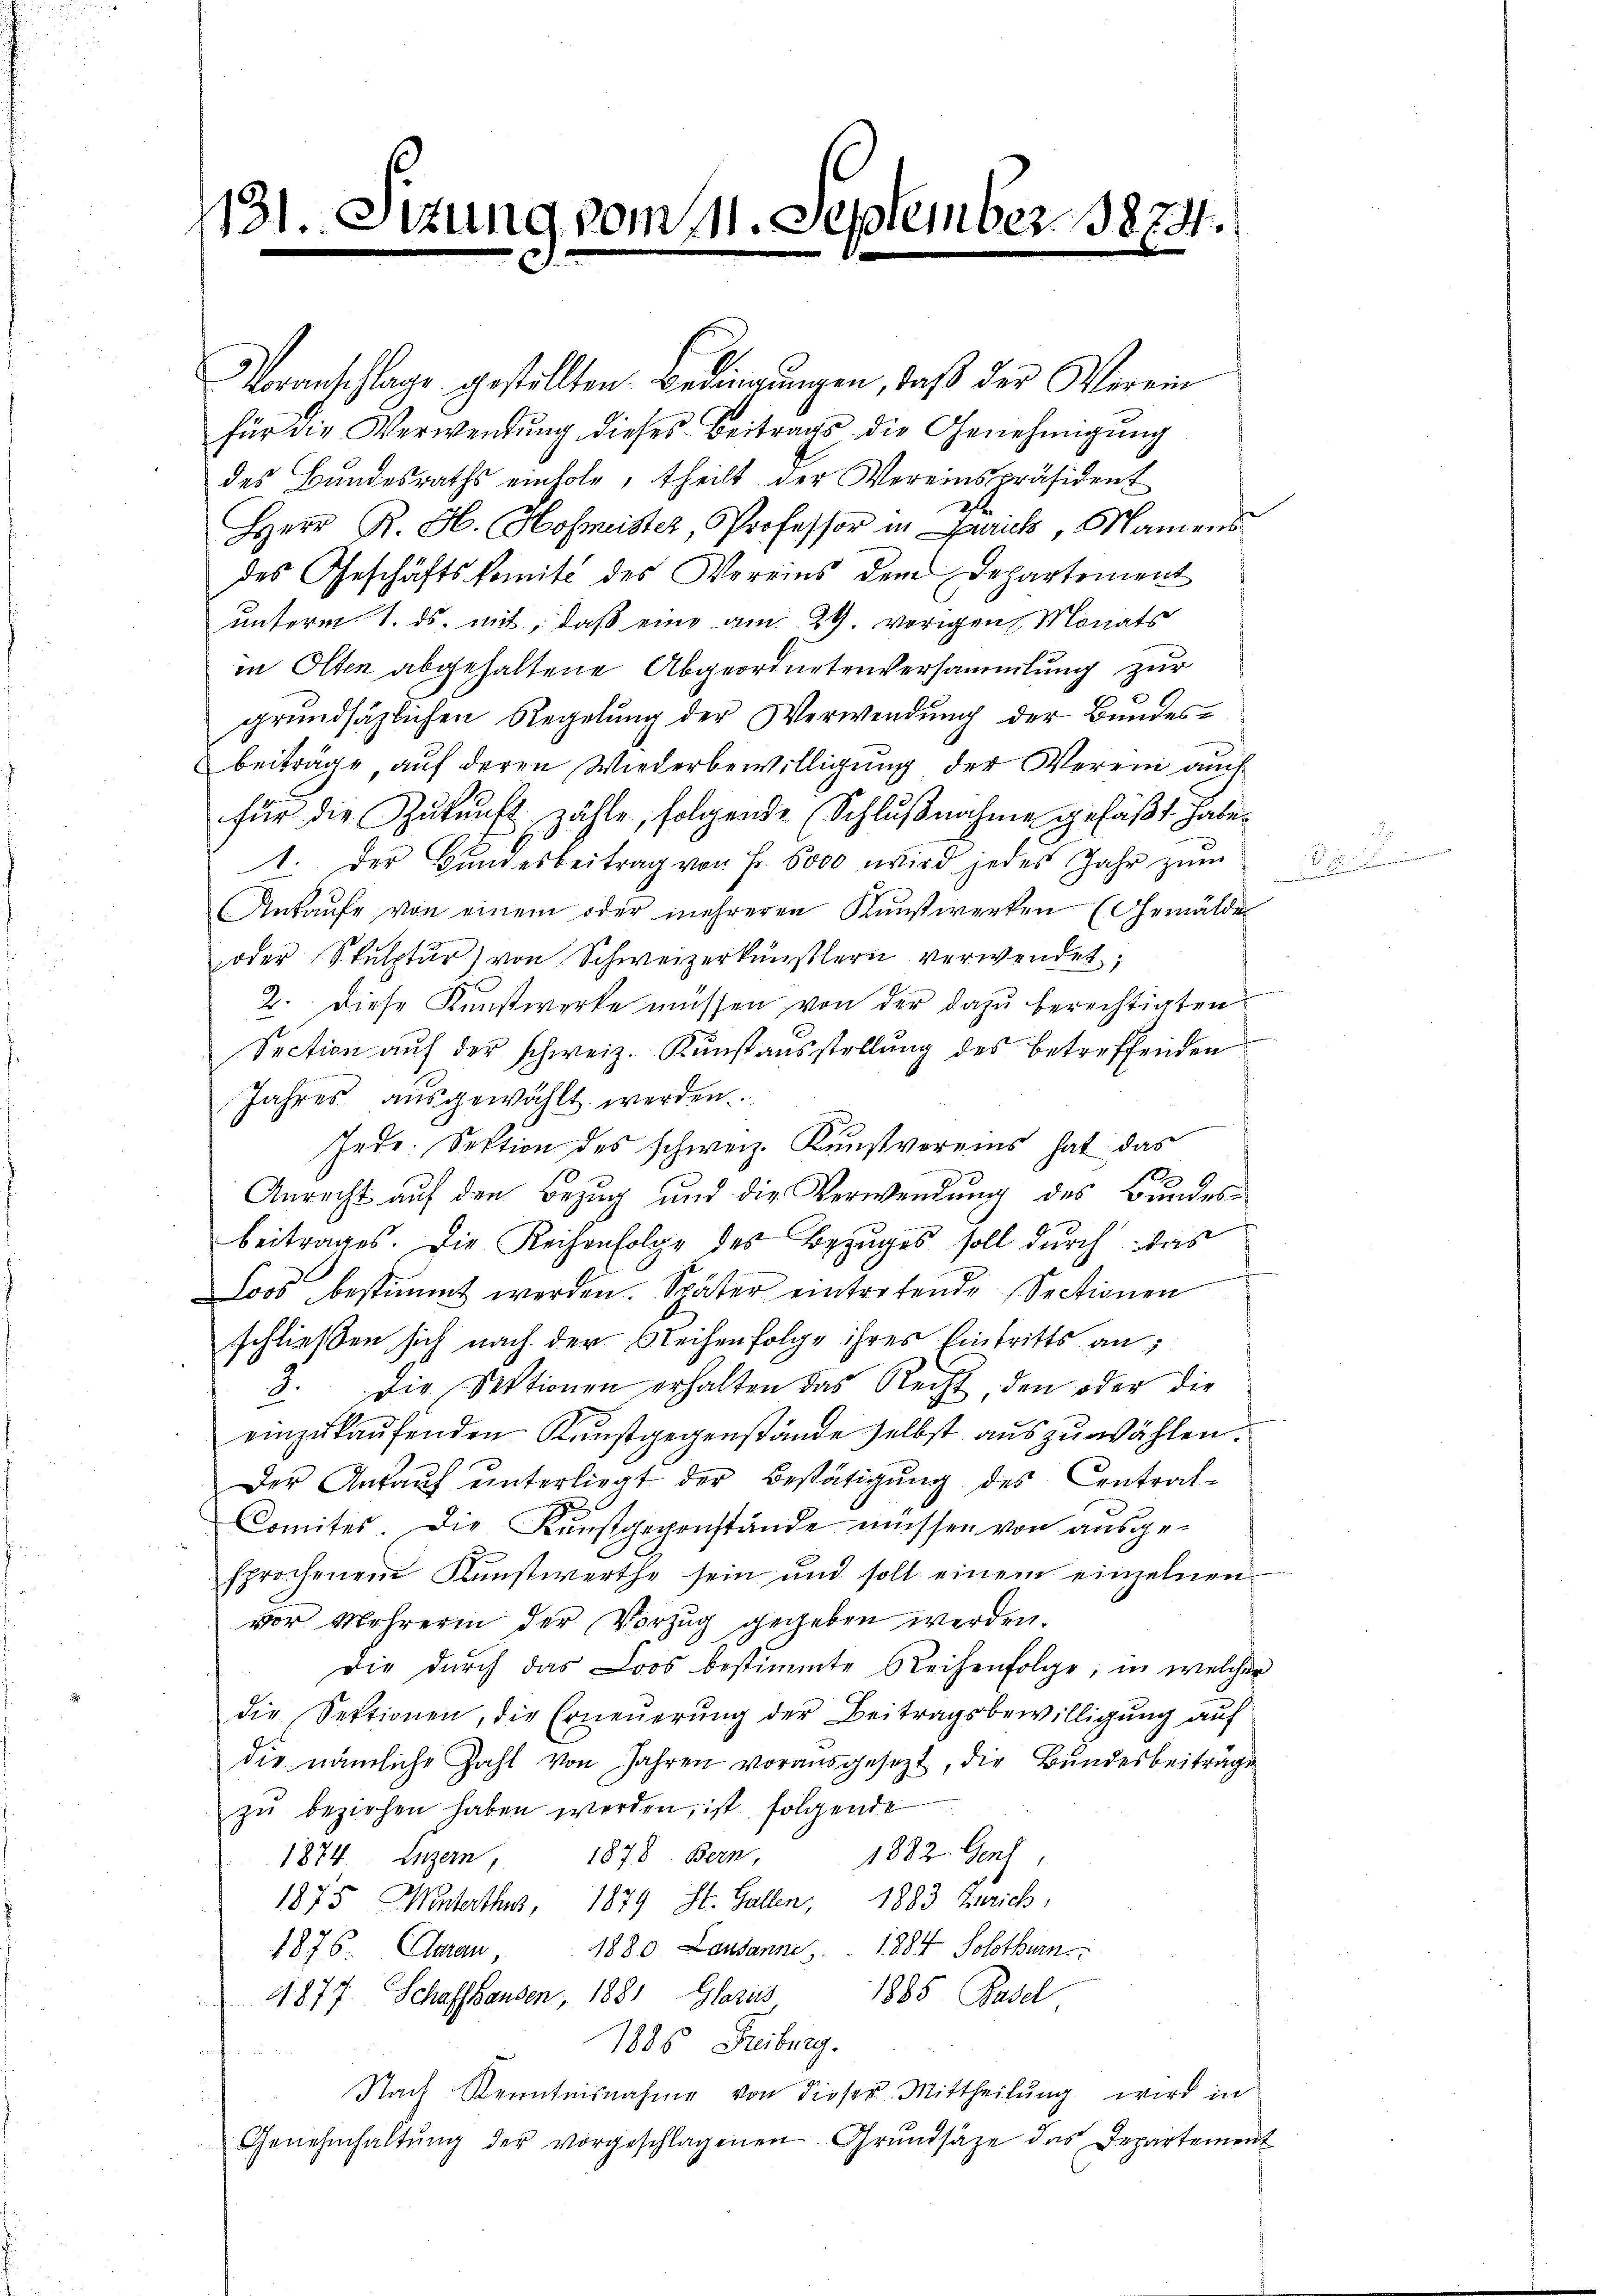
431 Sizung vom 111. September 1874.

Voranschlage gestellten Bedingungen, daß der Verein
für die Verwendŭng dieses Beitrags die Genehmigŭng
des Bundesraths einhole, theilt der Vereinspräsident
Herr R. H. Hofmeister, Professor in Zürich, Namens
des Geschäftskomité des Vereins dem Departement
unterm 1. ds. mit, daß eine am 29. vorigen Monats
in Olten abgehaltene Abgeordnetenversammlung zur
grundsätzlichen Regelung der Verwendung der Bundesbeiträge auf deren Wiederbewilligung der Verei auch
für die Zukunft zähle, folgende (Schlußnahme gefaßt habe.
1. Der Bŭndesbeitrag von Fr. 6000 wird jedes Jahr zŭm
Ankaufe von einem oder mehreren Kunstwerken (Gemälder
oder Skulptŭr) von Schweizerkünstlern verwendet;
2. diese Kunstwerke müssen von der dazŭ berechtigten
Section auf der schweiz. Kunstausstellung des betreffenden
Jahres ausgewählt werden.
Jede. Sektion des schweiz. Kunstvereins hat das
Anrecht auf den Bezug und die Verwendung des Bundesbeitrages. Die Reihenfolge des Bezuges soll durch das
Loos bestimmt werden. Später eintretende Sectionen
schließen sich nach der Reihenfolge ihres Eintritts an,
3. Die Sektionen erhalten das Recht, den oder die
einzukaufenden Kunstgegenstände selbst auszuwählen.
Der Ankaŭf ŭnterliegt der Bestätigŭng des Central-
.
Comites. Die Kunstgegenstände müssen von ausgesprochenem Kunstwerthe sein und soll einem einzelnen
vor Mehrerin der Vorzug gegeben werden.
die dŭrch das Loos bestimmte Reihenfolge, in welcher
die Sektionen, die Erneuerung der Beitragsbewilligung auf
die nämliche Zahl von Jahren vorausgesezt, die Bundesbeiträge
zu beziehen haben werden, ist folgende
1874. Luzern, 1878. Bern, 1882. Genf
1875 Minderthur, 1879 St. Gallen, 1883 Zürich,
1876 Aarau 1880 Lausanne 1884 Solothurn.
877. Schaffhausen, 1881, Glarus 1885 Basel
1886. Freiburg.
Nach Kenntnisnahme von dieser Mittheilung wird in
Genehmhaltŭng der vorgeschlagenen Grŭndsätze das Departement

m

der